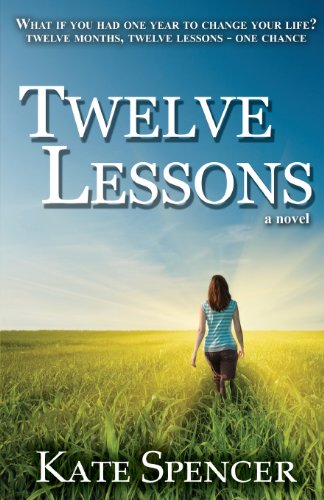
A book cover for Twelve Lessons (Twelve Lessons Journal); Kate Spencer; Literature & Fiction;